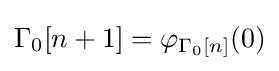
\Gamma _{0}[n+1]=\varphi _{\Gamma _{0}[n]}(0)